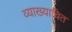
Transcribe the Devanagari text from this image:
व्याख्याचित